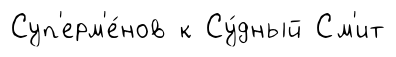
Суп'ерм'е́нов к Су́дный См'ит